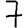
Digit: 7